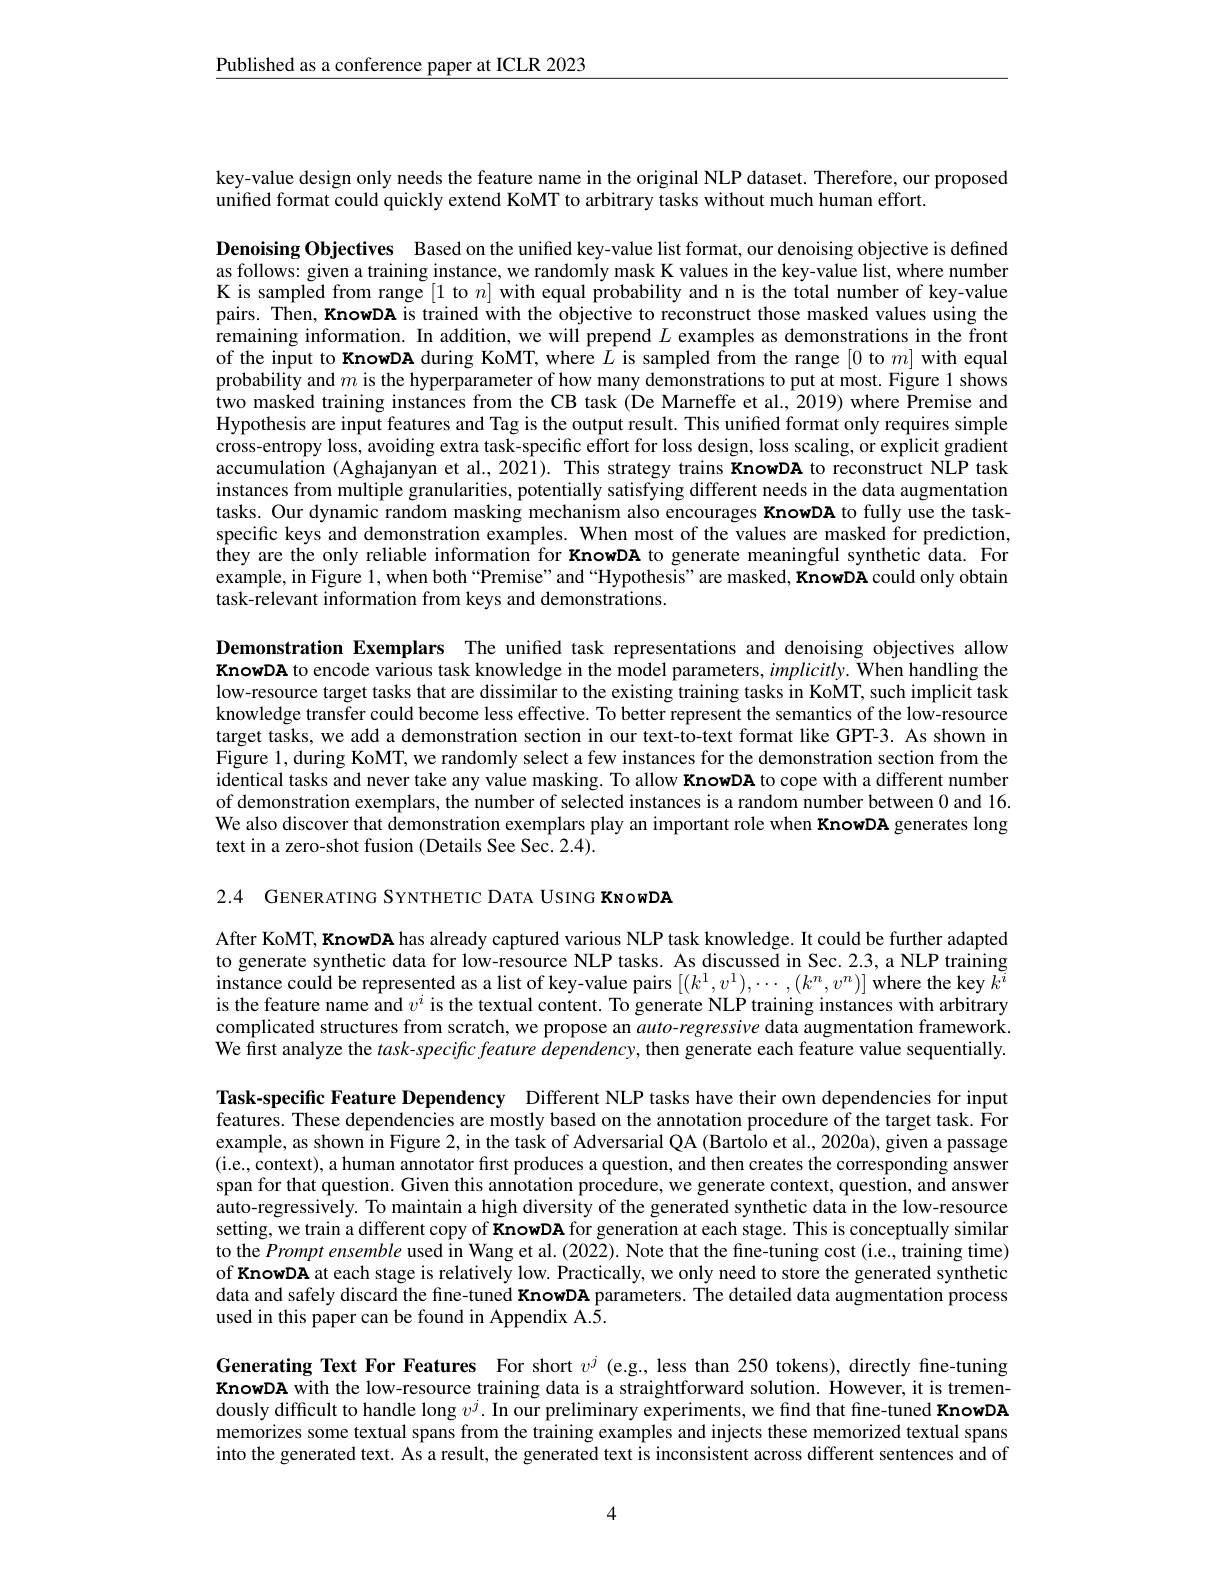
$\underline{\text{Published as a conference paper at ICLR 2023}}$

key-value design only needs the feature name in the original NLP dataset. Therefore, our proposed
unified format could quickly extend KoMT to arbitrary tasks without much human effort.

Denoising Objectives Based on the unified key-value list format, our denoising objective is defined as follows: given a training instance, we randomly mask K values in the key-value list, where number K is sampled from range [1 to $n]$ with equal probability and n is the total number of key-value pairs. Then, KnowDA is trained with the objective to reconstruct those masked values using the remaining information. In addition, we will prepend $L$ examples as demonstrations in the front of the input to KnowDA during KoMT, where $\hat{L}$ is sampled from the range [0 to $m]$ with equal probability and $m$ is the hyperparameter of how many demonstrations to put at most. Figure 1 shows two masked training instances from the CB task (De Marneffe et al., 2019) where Premise and Hypothesis are input features and Tag is the output result. This unified format only requires simple cross-entropy loss, avoiding extra task-specific effort for loss design, loss scaling, or explicit gradient accumulation (Aghajanyan et al., 2021). This strategy trains KnowDA to reconstruct NLP task instances from multiple granularities, potentially satisfying different needs in the data augmentation tasks. Our dynamic random masking mechanism also encourages KnowDA to fully use the taskspecific keys and demonstration examples. When most of the values are masked for prediction, they are the only reliable information for KnowDA to generate meaningful synthetic data. For example, in Figure 1, when both “Premise”and “Hypothesis" are masked, KnowDA could only obtain task-relevant information from keys and demonstrations.

Demonstration Exemplars The unifed task representations and denoising objectives allow KnowDA to encode various task knowledge in the model parameters, $implicitly.$ When handling the low-resource target tasks that are dissimilar to the existing training tasks in Ko$\dot{M}$T, such implicit task knowledge transfer could become less effective. To better represent the semantics of the low-resource target tasks, we add a demonstration section in our text-to-text format like GPT-3. As shown in Figure 1, during KoMT, we randomly select a few instances for the demonstration section from the identical tasks and never take any value masking. To allow KnowDA to cope with a different number of demonstration exemplars, the number of selected instances is a random number between 0 and 16. We also discover that demonstration exemplars play an important role when KnowDA generates long text in a zero-shot fusion (Details See Sec. 2.4).

2.4 GENERATING SYNTHETIC DATA USING KNOWDA

After KoMT, KnowDA has already captured various NLP task knowledge. It could be further adapted to generate synthetic data for low-resource NLP tasks. As discussed in Sec. 2.3, a NLP training instance could be represented as a list of key-value pairs $[(k^1,v^1),\cdots,(k^n,v^n)]$ where the key $k^{\widetilde{i}}$ is the feature name and $v^i$ is the textual content. To generate NLP training instances with arbitrary complicated structures from scratch, we propose an $auto-regressive$ data augmentation framework We first analyze the task-specific feature dependency, then generate each feature value sequentially.

Task-specific Feature Dependency Different NLP tasks have their own dependencies for input features. These dependencies are mostly based on the annotation procedure of the target task. For example, as shown in Figure 2, in the task of Adversarial QA (Bartolo et al., 2020a), given a passage (i.e, context), a human annotator first produces a question, and then creates the corresponding answer span for that question. Given this annotation procedure, we generate context, question, and answer auto-regressively. To maintain a high diversity of the generated synthetic data in the low-resource setting, we train a different copy of KnowDA for generation at each stage. This is conceptually similar to the Prompt ensemble used in Wang et al. (2022). Note that the fine-tuning cost (i.e., training time) of KnowDA at each stage is relatively low. Practically, we only need to store the generated synthetic data and safely discard the fine-tuned KnowDA parameters. The detailed data augmentation process used in this paper can be found in Appendix A.5.

Generating Text For Features For short $v^j$ (e.g., less than 250 tokens), directly fine-tuning KnowDA with the low-resource training data is a straightforward solution. However, it is tremendously difficult to handle long $v^j.$ In our preliminary experiments, we find that fine-tuned KnowDA memorizes some textual spans from the training examples and injects these memorized textual spans into the generated text. As a result, the generated text is inconsistent across different sentences and of

4